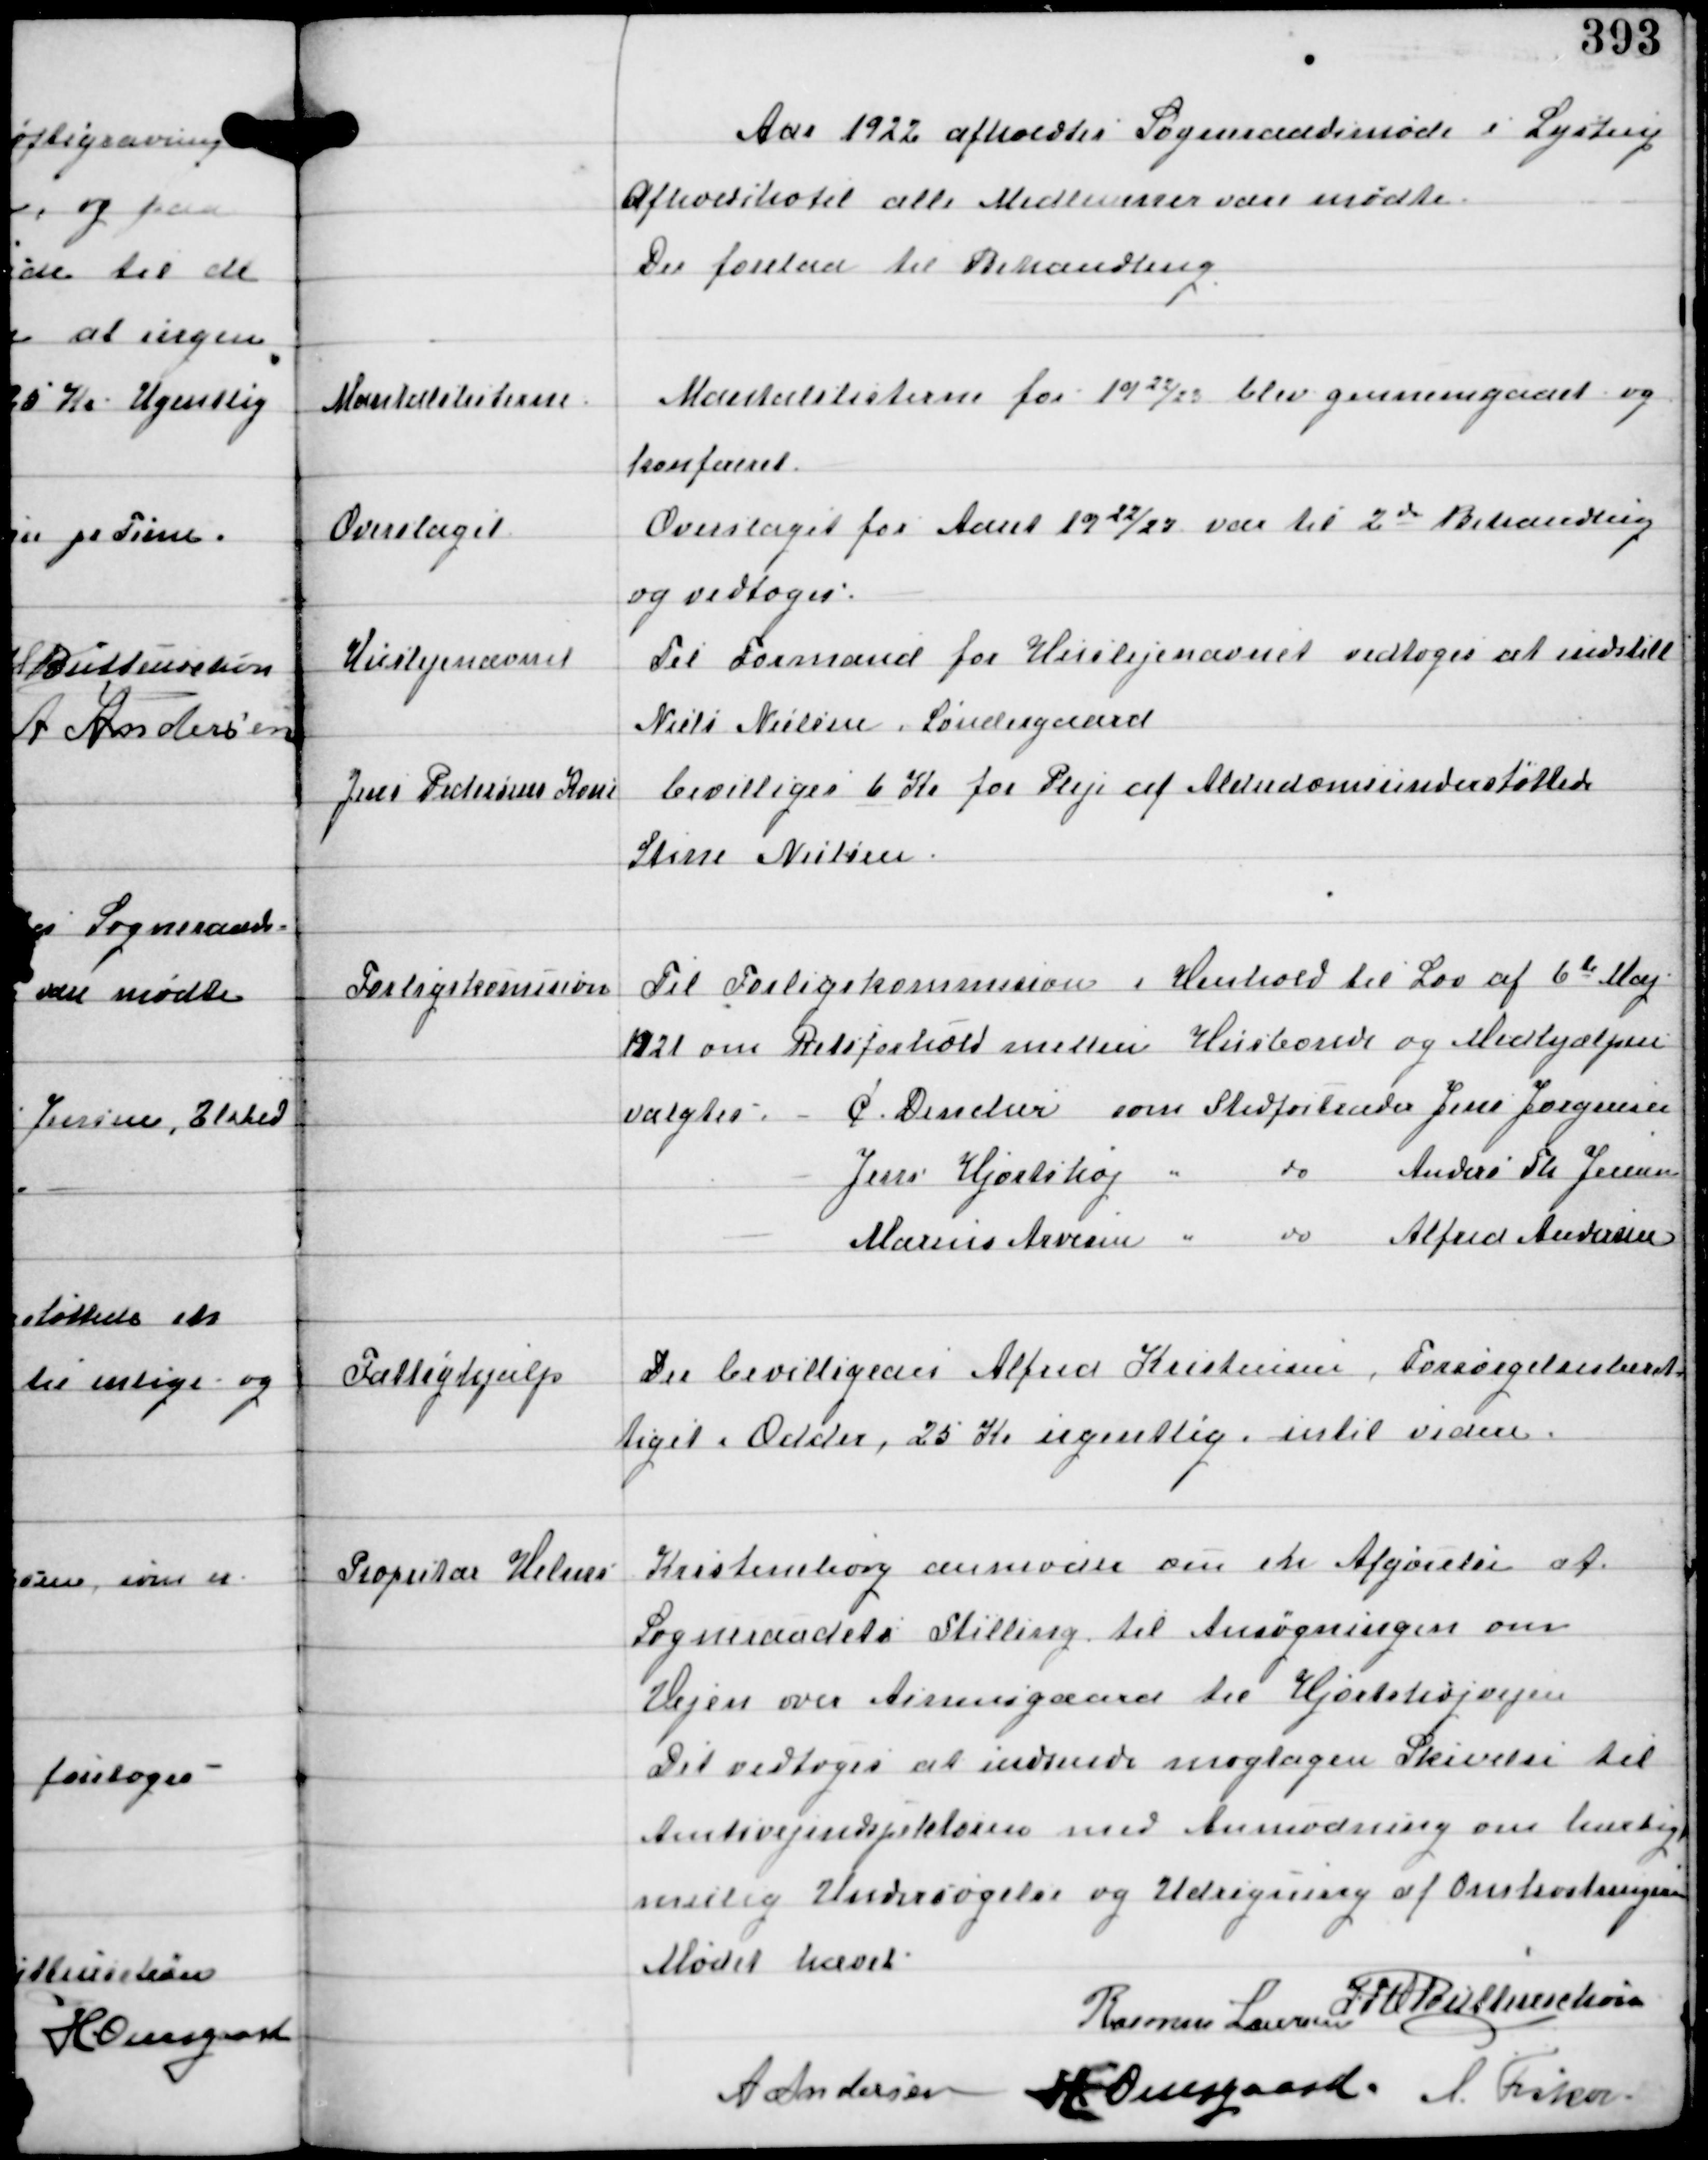
Transskription:
Aar 1922 afholdtes Sogneraadsmøde i Lystrup
Afholdshotel alle Medlemmer vare mødte
Der forelaa til Behandling

Mandtalslisterne

Mantalslisterne for 1922/23 blev gennemgaaet og
konfereret.

Overslaget

Overslaget for Aaret 1922/23 var til 2d Behandling
og vedtoges.

Huslejenævnet

Til Formand for Huslejenævnet vedtoges at indstille
Niels Nielsen Søndergaard

Jens Pedersens Kone

bevilligedes 6 Kr for Pleje af Alderdomsunderstøttede
Stine Nielsen

Forligskomission

Til Forligskommision i Henhold til Lov af 6te Maj
1921 om Retsforhold mellem Husbonde og Medhjælpere
valgtes - C Denker som Stedfortræder Jens Jørgensen
Jens Hjortshøj " do Anders Th Jensen
Marius Arvesen " do Alfred Andersen

Fattighjælp

Der bevilligedes Alfred Kristensen, Forsørgelsesberet-
tiget i Odder, 25 Kr ugentlig intil videre.

Propritær Helms

Kristineborg anmoder om en Afgørelse af
Sogneraadets Stilling til Ansøgningen om
Vejen over Asmusgaard til Hjortshøjvejen
Det vedtoges at indsende mogtagen Skrivelse til
Amtsvejinspektøren med Anmodning om hurtigst
mulig Undersøgelse og Udregning af Omkostningerne

Mødet hævet
Rasmus Laursen
IFV Buttenschøn
A Andersen
H Overgaard. A Fisker